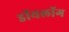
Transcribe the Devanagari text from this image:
डॉयलॉग